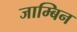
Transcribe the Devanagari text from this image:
जाम्बिन